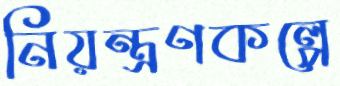
নিয়ন্ত্রণকল্পে